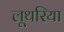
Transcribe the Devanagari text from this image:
लूथरिया